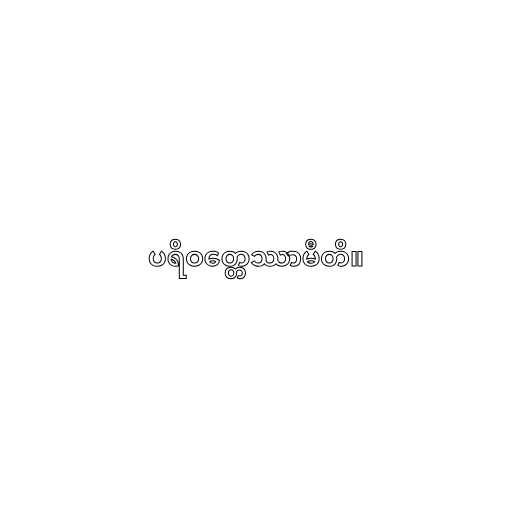
ပရိဝတ္တေဿာမီတိ။